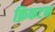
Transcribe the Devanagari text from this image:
क्रिकटन